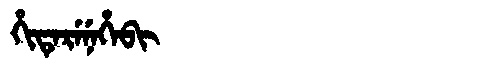
Manchu: ᡥᡳᡨᡝᡵᡝᠨᡝᡥᡝᠪᡳ
Romanization: HITERENEHEBI